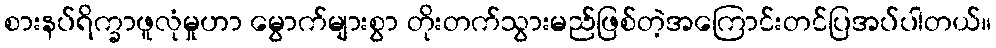
စားနပ်ရိက္ခာဖူလုံမှုဟာ မွောက်များစွာ တိုးတက်သွားမည်ဖြစ်တဲ့အကြောင်းတင်ပြအပ်ပါတယ်။